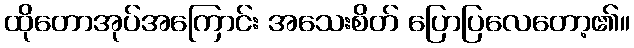
ထိုတောအုပ်အကြောင်း အသေးစိတ် ပြောပြလေတော့၏။